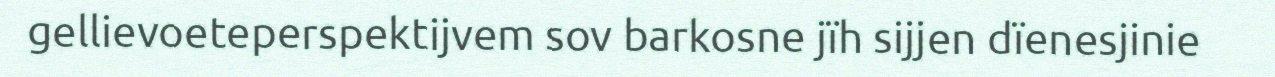
gellievoeteperspektijvem sov barkosne jïh sijjen dïenesjinie